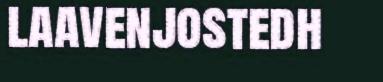
laavenjostedh